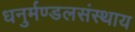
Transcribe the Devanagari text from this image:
धनुर्मण्डलसंस्थाय